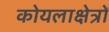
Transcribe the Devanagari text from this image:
कोयलाक्षेत्रों